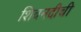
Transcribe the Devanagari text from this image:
शिवनदीची